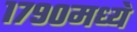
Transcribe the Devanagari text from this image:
१७९०मध्ये